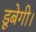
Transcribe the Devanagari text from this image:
डूबेगी।